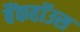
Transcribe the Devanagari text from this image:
बैंकहॉउस